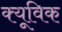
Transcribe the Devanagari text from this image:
क्यूविक